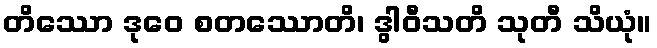
တိဿော ဒုဝေ စတဿောတိ၊ ဒွါဝီသတိ သုတီ သိယုံ။